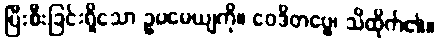
ပြီးစီးခြင်းရှိသော ဥပမေယျကို။ ဝေဒိတဗ္ဗေ၊ သိထိုက်၏။